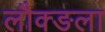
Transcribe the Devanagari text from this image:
लौक्ङला